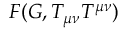
F ( G , T _ { \mu \nu } T ^ { \mu \nu } )